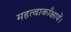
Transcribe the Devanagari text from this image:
महत्वाकाँक्षायें।